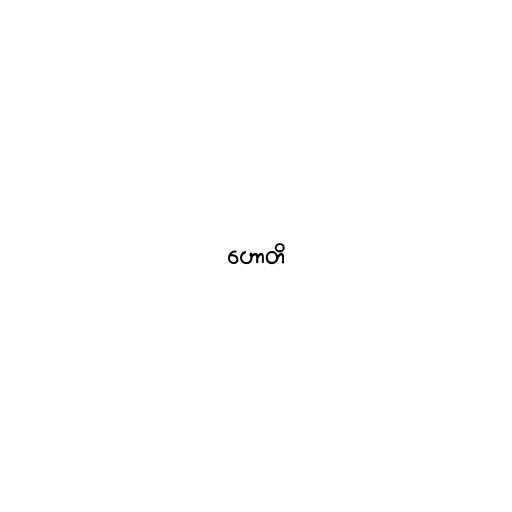
ဟောတိ